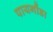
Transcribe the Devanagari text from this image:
पायगौंडा